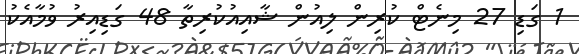
1 ގަޑި 27 މިނެޓް ކުރިން ލިއުން ޝާއިއުކުރިތާ 48 ގަޑިއިރު ވުމާއެކު